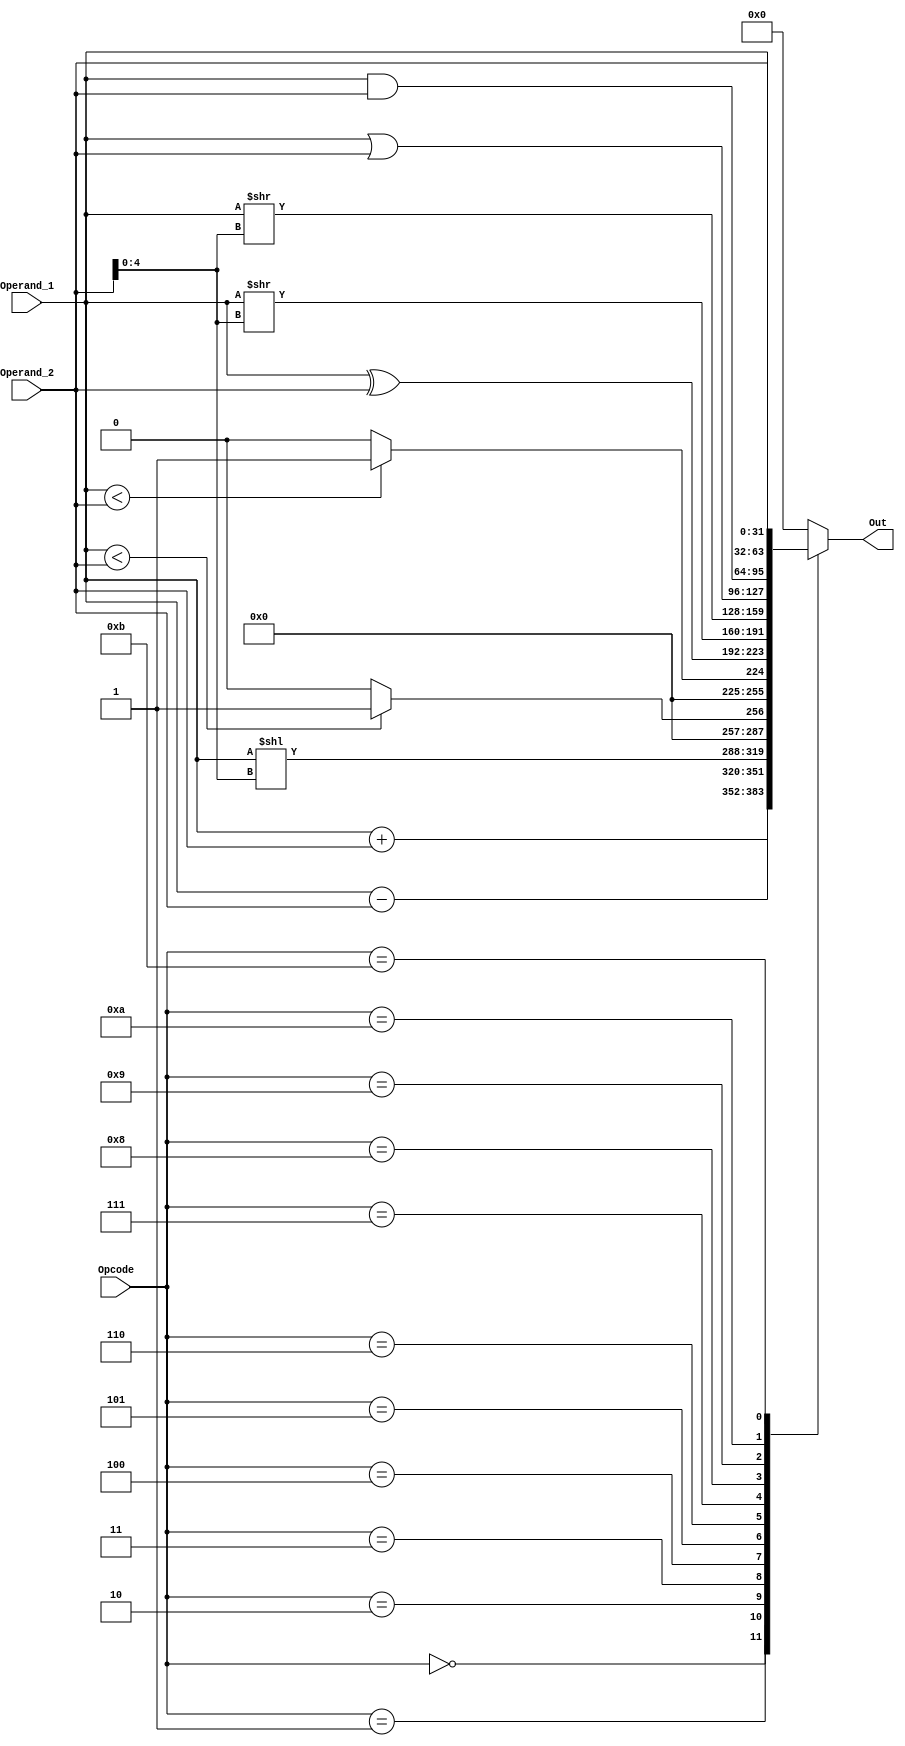
/*#########################################################################
//# Arithmetic Logic Unit 
//#########################################################################
//#
//# Copyright (C) 2021 Jose Maria Jaramillo Hoyos
//# 
//# This program is free software: you can redistribute it and/or modify
//# it under the terms of the GNU General Public License as published by
//# the Free Software Foundation, either version 3 of the License, or
//# (at your option) any later version.
//#
//# This program is distributed in the hope that it will be useful,
//# but WITHOUT ANY WARRANTY; without even the implied warranty of
//# MERCHANTABILITY or FITNESS FOR A PARTICULAR PURPOSE.  See the
//# GNU General Public License for more details.
//#
//# You should have received a copy of the GNU General Public License
//# along with this program.  If not, see <https://www.gnu.org/licenses/>.
//#
//########################################################################*/

module ALU (

/// inputs ///
Operand_1,
Operand_2,
Opcode,

// outputs //
Out

);


//==============================================
// MICRO-OPCODES DEFINITION
// ==============================================
// 4'b0000: ADD 
// 4'b0001: SUB
// 4'b0010: SLL 
// 4'b0011: SLT
// 4'b0100: SLTU  
// 4'b0101: XOR 
// 4'b0110: SRL 
// 4'b0111: SRA 
// 4'b1000: OR
// 4'b1001: AND 
// 4'b1010: BUFFB
// 4'b1011: BUFFA
// ==============================================

//============================================================
//  PARAMETER DECLARATIONS
//============================================================

parameter DATAWIDTH=32;

parameter  ADD   = 4'b0000,
			  SUB   = 4'b0001,
			  SLL   = 4'b0010,
			  SLT   = 4'b0011,
			  SLTU  = 4'b0100, /*set less than*/
			  XOR   = 4'b0101,
			  SRL   = 4'b0110,
			  SRA   = 4'b0111,
			  OR    = 4'b1000,
			  AND   = 4'b1001,
			  BUFFB = 4'b1010,
			  BUFFA = 4'b1011;

//============================================================
//  PORT DECLARATIONS
//============================================================

input [DATAWIDTH-1:0] Operand_1;
input [DATAWIDTH-1:0] Operand_2;
input [3:0] Opcode;
output[DATAWIDTH-1:0] Out;

//=======================================================
//  REG/WIRE DECLARATIONS
//=======================================================

reg [DATAWIDTH-1:0] tmp;

//============================================================
// COMBINATIONAL LOGIC
//============================================================

always @(Operand_1,Operand_2,Opcode)
begin

	case(Opcode)
		ADD: tmp = Operand_1+Operand_2;
		SUB: tmp = Operand_1-Operand_2;
		SLL: tmp = Operand_1 << Operand_2[4:0];
		SLT: tmp = ($signed(Operand_1) < $signed(Operand_2)) ? 32'd1 : 32'd0;
	   SLTU: tmp = (Operand_1 < Operand_2) ? 32'd1 : 32'd0;
		XOR: tmp = Operand_1^Operand_2;
		SRL: tmp = Operand_1 >> Operand_2[4:0];
		SRA: tmp = $signed(Operand_1) >> Operand_2[4:0];
		OR:  tmp = Operand_1|Operand_2;
		AND: tmp = Operand_1&Operand_2;	
		BUFFB: tmp= Operand_2;
		BUFFA: tmp= Operand_1;
		
		default tmp= 32'd0;
		
	endcase

end



assign Out=tmp;

endmodule